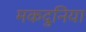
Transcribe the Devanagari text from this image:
मकदुनिया